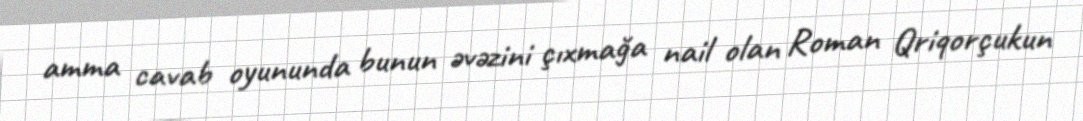
amma cavab oyununda bunun əvəzini çıxmağa nail olan Roman Qriqorçukun